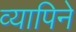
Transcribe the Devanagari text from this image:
व्यापिने